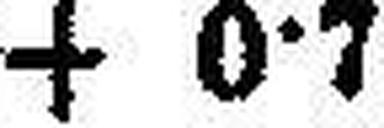
+ 0·7